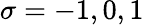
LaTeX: \sigma=-1,0,1